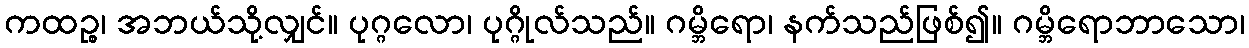
ကထဉ္စ၊ အဘယ်သို့လျှင်။ ပုဂ္ဂလော၊ ပုဂ္ဂိုလ်သည်။ ဂမ္ဘိရော၊ နက်သည်ဖြစ်၍။ ဂမ္ဘိရောဘာသော၊